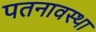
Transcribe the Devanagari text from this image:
पतनावस्था